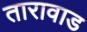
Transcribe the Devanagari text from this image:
तारावाड